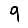
Digit: 9